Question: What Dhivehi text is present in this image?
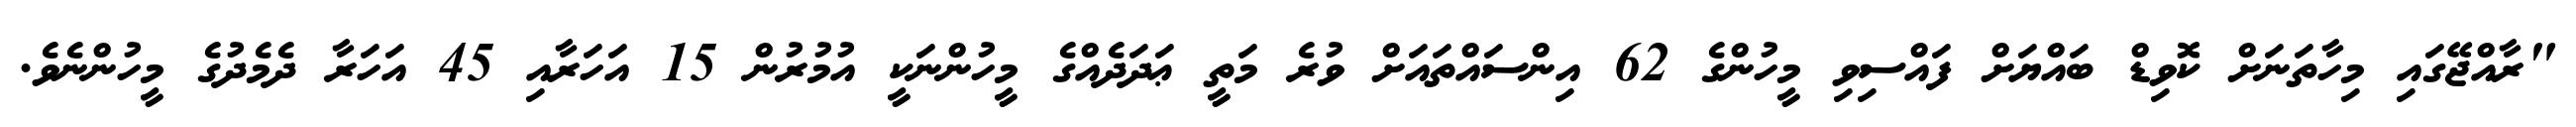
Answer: "ރާއްޖޭގައި މިހާތަނަށް ކޮވިޑް ބައްޔަށް ފައްސިވި މީހުންގެ 62 އިންސައްތައަށް ވުރެ މަތީ ޢަދަދެއްގެ މީހުންނަކީ އުމުރުން 15 އަހަރާއި 45 އަހަރާ ދެމެދުގެ މީހުންނެވެ.